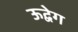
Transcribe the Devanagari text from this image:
ऊद्वेग